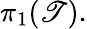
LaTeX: \pi_{1}(\mathscr{T}).